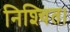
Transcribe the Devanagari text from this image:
निश्‍चित।